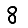
Digit: 8